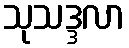
သုသဒ္ဒလာ